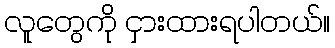
လူတွေကို ငှားထားရပါတယ်။